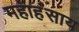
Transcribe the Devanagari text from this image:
महाहंसाय